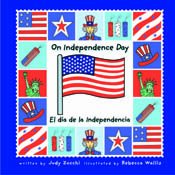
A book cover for On Independence Day/el Dia De La Independencia (Holiday Happenings/Sucesos De Dias Festivos) (Spanish Edition); Judith Mazzeo Zocchi; Children's Books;